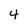
Character: 4